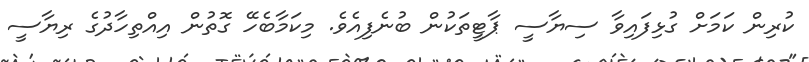
ކުރިން ކަމަށް ގުޅިފައިވާ ސިޔާސީ ޕާޓީތަކުން ބުނެފިއެވެ. މިކަމާބެހޭ ގޮތުން އިއްތިހާދުގެ ރިޔާސީ